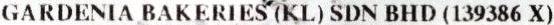
GARDENIA BAKERIES (KL) SDN BHD (139386 X)